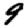
Digit: 9